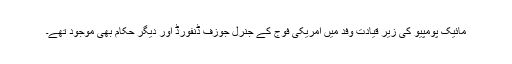
مائیک پومپیو کی زیر قیادت وفد میں امریکی فوج کے جنرل جوزف ڈنفورڈ اور دیگر حکام بھی موجود تھے۔